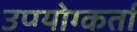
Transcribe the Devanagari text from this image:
उप्ग्योग्कर्ता